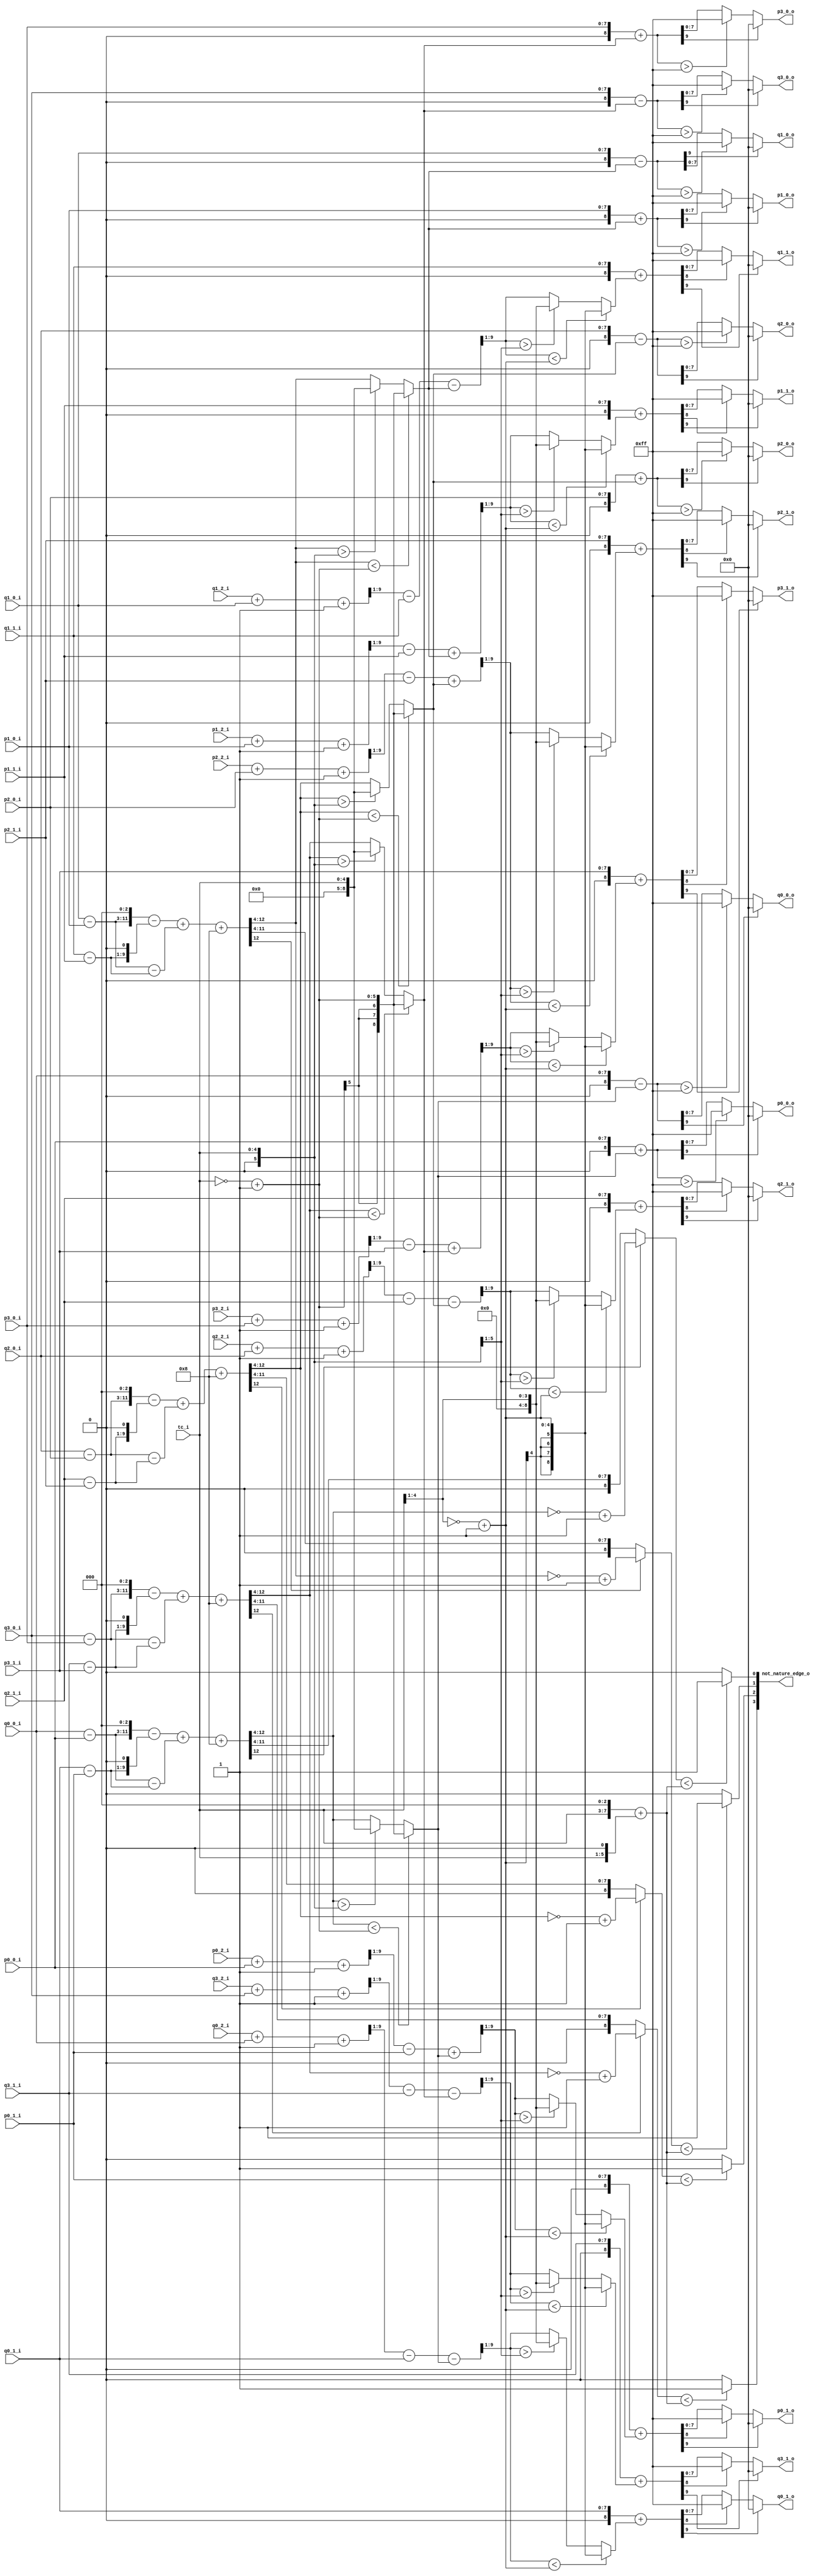
//----------------------------------------------------------------------------
//                                                                 
//  COPYRIGHT (C) 2011, VIPcore Group, Fudan University
//                                                                  
//  THIS FILE MAY NOT BE MODIFIED OR REDISTRIBUTED WITHOUT THE      
//  EXPRESSED WRITTEN CONSENT OF VIPcore Group
//                                                                  
//  VIPcore       : http://soc.fudan.edu.cn/vip    
//  IP Owner      : Yibo FAN
//  Contact       : fanyibo@fudan.edu.cn             
//----------------------------------------------------------------------------
// Author         : 
// Created        : 
// Description    : 
//                                
//----------------------------------------------------------------------------

module db_normal_filter(
                tc_i,
                p0_0_i  ,  p0_1_i  ,  p0_2_i ,
                p1_0_i  ,  p1_1_i  ,  p1_2_i ,
                p2_0_i  ,  p2_1_i  ,  p2_2_i ,
                p3_0_i  ,  p3_1_i  ,  p3_2_i ,
                                             
                q0_0_i  ,  q0_1_i  ,  q0_2_i ,
                q1_0_i  ,  q1_1_i  ,  q1_2_i ,
                q2_0_i  ,  q2_1_i  ,  q2_2_i ,
                q3_0_i  ,  q3_1_i  ,  q3_2_i ,
                
                p0_0_o  ,
                p1_0_o  ,
                p2_0_o  ,
                p3_0_o  ,

                q0_0_o  ,
                q1_0_o  ,
                q2_0_o  ,
                q3_0_o  , 

                p0_1_o  ,
                p1_1_o  ,
                p2_1_o  ,
                p3_1_o  ,
                       
                q0_1_o  ,
                q1_1_o  ,
                q2_1_o  ,
                q3_1_o  , 
                 
                not_nature_edge_o   

    );
input [4:0] tc_i;

input        [7:0] p0_0_i  ,  p0_1_i  ,  p0_2_i  ,
                   p1_0_i  ,  p1_1_i  ,  p1_2_i  ,
                   p2_0_i  ,  p2_1_i  ,  p2_2_i  ,
                   p3_0_i  ,  p3_1_i  ,  p3_2_i  ;
                                                    
input        [7:0] q0_0_i  ,  q0_1_i  ,  q0_2_i  ,
                   q1_0_i  ,  q1_1_i  ,  q1_2_i  ,
                   q2_0_i  ,  q2_1_i  ,  q2_2_i  ,
                   q3_0_i  ,  q3_1_i  ,  q3_2_i  ;

output[7:0] p0_0_o  ,  p1_0_o  ,  p2_0_o   , p3_0_o ;                   
output[7:0] q0_0_o  ,  q1_0_o  ,  q2_0_o   , q3_0_o ;

output[7:0] p0_1_o  ,  p1_1_o  ,  p2_1_o   , p3_1_o  ;
output[7:0] q0_1_o  ,  q1_1_o  ,  q2_1_o   , q3_1_o  ;

output [3:0] not_nature_edge_o  ;

wire signed [8:0]  p0_0_s_w  =  {1'b0 , p0_0_i } ;
wire signed [8:0]  p0_1_s_w  =  {1'b0 , p0_1_i } ;
wire signed [8:0]  p0_2_s_w  =  {1'b0 , p0_2_i } ;
wire signed [8:0]  p1_0_s_w  =  {1'b0 , p1_0_i } ;
wire signed [8:0]  p1_1_s_w  =  {1'b0 , p1_1_i } ;
wire signed [8:0]  p1_2_s_w  =  {1'b0 , p1_2_i } ;
wire signed [8:0]  p2_0_s_w  =  {1'b0 , p2_0_i } ;
wire signed [8:0]  p2_1_s_w  =  {1'b0 , p2_1_i } ;
wire signed [8:0]  p2_2_s_w  =  {1'b0 , p2_2_i } ;
wire signed [8:0]  p3_0_s_w  =  {1'b0 , p3_0_i } ;
wire signed [8:0]  p3_1_s_w  =  {1'b0 , p3_1_i } ;
wire signed [8:0]  p3_2_s_w  =  {1'b0 , p3_2_i } ;
                                                
wire signed [8:0]  q0_0_s_w  =  {1'b0 , q0_0_i } ;
wire signed [8:0]  q0_1_s_w  =  {1'b0 , q0_1_i } ;
wire signed [8:0]  q0_2_s_w  =  {1'b0 , q0_2_i } ;
wire signed [8:0]  q1_0_s_w  =  {1'b0 , q1_0_i } ;
wire signed [8:0]  q1_1_s_w  =  {1'b0 , q1_1_i } ;
wire signed [8:0]  q1_2_s_w  =  {1'b0 , q1_2_i } ;
wire signed [8:0]  q2_0_s_w  =  {1'b0 , q2_0_i } ;
wire signed [8:0]  q2_1_s_w  =  {1'b0 , q2_1_i } ;
wire signed [8:0]  q2_2_s_w  =  {1'b0 , q2_2_i } ;
wire signed [8:0]  q3_0_s_w  =  {1'b0 , q3_0_i } ;
wire signed [8:0]  q3_1_s_w  =  {1'b0 , q3_1_i } ;
wire signed [8:0]  q3_2_s_w  =  {1'b0 , q3_2_i } ;


wire signed [8:0]  delta0_o  ;
wire signed [8:0]  delta1_o  ;
wire signed [8:0]  delta2_o  ;
wire signed [8:0]  delta3_o  ;
//---------------------------------------------------------------------------
//
//              COMBINATION  CIRCUIT:cacl amplitude
//
//----------------------------------------------------------------------------

wire [8:0] tc_mux_10 = (tc_i<<3) + (tc_i<<1) ;

wire signed  [5:0] tc_x = ~tc_i + 1'b1 ;
wire signed  [5:0] tc_y = {1'b0,tc_i};

//1 pixel filtered  
wire  signed [8:0]  qm_p00      =  q0_0_s_w - p0_0_s_w   ; 
wire  signed [8:0]  qm_p10      =  q1_0_s_w - p1_0_s_w   ; 
wire  signed [8:0]  qm_p20      =  q2_0_s_w - p2_0_s_w   ; 
wire  signed [8:0]  qm_p30      =  q3_0_s_w - p3_0_s_w   ; 

wire  signed [8:0]  qm_p01      =  q0_1_s_w - p0_1_s_w   ;
wire  signed [8:0]  qm_p11      =  q1_1_s_w - p1_1_s_w   ;
wire  signed [8:0]  qm_p21      =  q2_1_s_w - p2_1_s_w   ;
wire  signed [8:0]  qm_p31      =  q3_1_s_w - p3_1_s_w   ;

wire  signed [11:0] qm_p0_m_8_w = {qm_p00,3'b0}      ;
wire  signed [11:0] qm_p1_m_8_w = {qm_p10,3'b0}      ;
wire  signed [11:0] qm_p2_m_8_w = {qm_p20,3'b0}      ;
wire  signed [11:0] qm_p3_m_8_w = {qm_p30,3'b0}      ;

wire  signed [11:0] qm_p0_m_1_w = {{2{qm_p01[8]}},qm_p01,1'b0} ;
wire  signed [11:0] qm_p1_m_1_w = {{2{qm_p11[8]}},qm_p11,1'b0} ;
wire  signed [11:0] qm_p2_m_1_w = {{2{qm_p21[8]}},qm_p21,1'b0} ;
wire  signed [11:0] qm_p3_m_1_w = {{2{qm_p31[8]}},qm_p31,1'b0} ;

wire signed  [11:0] qm_p0_w     = qm_p0_m_8_w - qm_p0_m_1_w; 
wire signed  [11:0] qm_p1_w     = qm_p1_m_8_w - qm_p1_m_1_w;
wire signed  [11:0] qm_p2_w     = qm_p2_m_8_w - qm_p2_m_1_w;
wire signed  [11:0] qm_p3_w     = qm_p3_m_8_w - qm_p3_m_1_w;
  
wire signed  [8:0]  qm_q0_w     = qm_p00  -   qm_p01   ;
wire signed  [8:0]  qm_q1_w     = qm_p10  -   qm_p11   ;
wire signed  [8:0]  qm_q2_w     = qm_p20  -   qm_p21   ;
wire signed  [8:0]  qm_q3_w     = qm_p30  -   qm_p31   ;
   
wire signed  [11:0] qm_q0_e3_w  = {{3{qm_q0_w[8]}},qm_q0_w};
wire signed  [11:0] qm_q1_e3_w  = {{3{qm_q1_w[8]}},qm_q1_w};
wire signed  [11:0] qm_q2_e3_w  = {{3{qm_q2_w[8]}},qm_q2_w};
wire signed  [11:0] qm_q3_e3_w  = {{3{qm_q3_w[8]}},qm_q3_w};

wire signed  [12:0] delta0_w     = qm_p0_w + qm_q0_e3_w+8;
wire signed  [12:0] delta1_w     = qm_p1_w + qm_q1_e3_w+8;
wire signed  [12:0] delta2_w     = qm_p2_w + qm_q2_e3_w+8;
wire signed  [12:0] delta3_w     = qm_p3_w + qm_q3_e3_w+8;

wire  signed [8:0] delta0       =  delta0_w[12:4];
wire  signed [8:0] delta1       =  delta1_w[12:4];
wire  signed [8:0] delta2       =  delta2_w[12:4];
wire  signed [8:0] delta3       =  delta3_w[12:4];

//wire  signed [8:0] delta0   =  delta0_m[12:4] ;
//wire  signed [8:0] delta1   =  delta1_m[12:4] ;
//wire  signed [8:0] delta2   =  delta2_m[12:4] ;
//wire  signed [8:0] delta3   =  delta3_m[12:4] ;

wire [8:0]  delta0_abs  =  delta0[8]  ?  ( ~delta0 + 1'b1 ) : delta0 ;
wire [8:0]  delta1_abs  =  delta1[8]  ?  ( ~delta1 + 1'b1 ) : delta1 ;
wire [8:0]  delta2_abs  =  delta2[8]  ?  ( ~delta2 + 1'b1 ) : delta2 ;
wire [8:0]  delta3_abs  =  delta3[8]  ?  ( ~delta3 + 1'b1 ) : delta3 ;

assign not_nature_edge_o[0] = ( delta0_abs < tc_mux_10) ? 1'b1 : 1'b0 ;
assign not_nature_edge_o[1] = ( delta1_abs < tc_mux_10) ? 1'b1 : 1'b0 ;
assign not_nature_edge_o[2] = ( delta2_abs < tc_mux_10) ? 1'b1 : 1'b0 ;
assign not_nature_edge_o[3] = ( delta3_abs < tc_mux_10) ? 1'b1 : 1'b0 ;
   
assign delta0_o  = (delta0 <  tc_x ) ? tc_x : (delta0 > tc_y ? tc_y : delta0) ;
assign delta1_o  = (delta1 <  tc_x ) ? tc_x : (delta1 > tc_y ? tc_y : delta1) ;
assign delta2_o  = (delta2 <  tc_x ) ? tc_x : (delta2 > tc_y ? tc_y : delta2) ;
assign delta3_o  = (delta3 <  tc_x ) ? tc_x : (delta3 > tc_y ? tc_y : delta3) ;


//-----------------------------------------------------------------------------
//normal filter:1
wire  signed [9:0] pplus_delta00_w  =   p0_0_s_w + delta0_o    ;
wire  signed [9:0] pplus_delta10_w  =   p1_0_s_w + delta1_o    ;
wire  signed [9:0] pplus_delta20_w  =   p2_0_s_w + delta2_o    ;
wire  signed [9:0] pplus_delta30_w  =   p3_0_s_w + delta3_o    ;

wire  signed [9:0] qplus_delta00_w  =   q0_0_s_w - delta0_o    ;
wire  signed [9:0] qplus_delta10_w  =   q1_0_s_w - delta1_o    ;
wire  signed [9:0] qplus_delta20_w  =   q2_0_s_w - delta2_o    ;
wire  signed [9:0] qplus_delta30_w  =   q3_0_s_w - delta3_o    ;
                   
assign  p0_0_o  =   pplus_delta00_w[9] ? 8'b0 : ( (pplus_delta00_w  >  10'd255 )? 8'd255 : pplus_delta00_w[7:0] );
assign  p1_0_o  =   pplus_delta10_w[9] ? 8'b0 : ( (pplus_delta10_w  >  10'd255 )? 8'd255 : pplus_delta10_w[7:0] );
assign  p2_0_o  =   pplus_delta20_w[9] ? 8'b0 : ( (pplus_delta20_w  >  10'd255 )? 8'd255 : pplus_delta20_w[7:0] );
assign  p3_0_o  =   pplus_delta30_w[9] ? 8'b0 : ( (pplus_delta30_w  >  10'd255 )? 8'd255 : pplus_delta30_w[7:0] );
           
assign  q0_0_o  =   qplus_delta00_w[9] ? 8'b0 : ( (qplus_delta00_w  >  10'd255 )? 8'd255 : qplus_delta00_w[7:0] );
assign  q1_0_o  =   qplus_delta10_w[9] ? 8'b0 : ( (qplus_delta10_w  >  10'd255 )? 8'd255 : qplus_delta10_w[7:0] );
assign  q2_0_o  =   qplus_delta20_w[9] ? 8'b0 : ( (qplus_delta20_w  >  10'd255 )? 8'd255 : qplus_delta20_w[7:0] );
assign  q3_0_o  =   qplus_delta30_w[9] ? 8'b0 : ( (qplus_delta30_w  >  10'd255 )? 8'd255 : qplus_delta30_w[7:0] );
//-----------------------------------------------------------------------------
//normal filter:2

wire signed [4:0] tc_div_x =~(tc_i[4:1]) + 1'b1;
wire signed [4:0] tc_div_y ={1'b0,tc_i[4:1]} ;

wire  signed [8:0] deltap2_0_w  =  ( ( (p0_2_s_w + p0_0_s_w + 1) >>1) - p0_1_s_w + delta0_o) >>1 ;
wire  signed [8:0] deltap2_1_w  =  ( ( (p1_2_s_w + p1_0_s_w + 1) >>1) - p1_1_s_w + delta1_o) >>1 ;
wire  signed [8:0] deltap2_2_w  =  ( ( (p2_2_s_w + p2_0_s_w + 1) >>1) - p2_1_s_w + delta2_o) >>1 ;
wire  signed [8:0] deltap2_3_w  =  ( ( (p3_2_s_w + p3_0_s_w + 1) >>1) - p3_1_s_w + delta3_o) >>1 ;

wire  signed [8:0] deltaq2_0_w  =  ( ( (q0_2_s_w + q0_0_s_w + 1) >>1) - q0_1_s_w - delta0_o) >>1 ;
wire  signed [8:0] deltaq2_1_w  =  ( ( (q1_2_s_w + q1_0_s_w + 1) >>1) - q1_1_s_w - delta1_o) >>1 ;
wire  signed [8:0] deltaq2_2_w  =  ( ( (q2_2_s_w + q2_0_s_w + 1) >>1) - q2_1_s_w - delta2_o) >>1 ;
wire  signed [8:0] deltaq2_3_w  =  ( ( (q3_2_s_w + q3_0_s_w + 1) >>1) - q3_1_s_w - delta3_o) >>1 ;

wire  signed [8:0] delta2_p0_w  = deltap2_0_w < tc_div_x ?  tc_div_x : (deltap2_0_w > tc_div_y  ? tc_div_y  : deltap2_0_w);
wire  signed [8:0] delta2_p1_w  = deltap2_1_w < tc_div_x ?  tc_div_x : (deltap2_1_w > tc_div_y  ? tc_div_y  : deltap2_1_w); 
wire  signed [8:0] delta2_p2_w  = deltap2_2_w < tc_div_x ?  tc_div_x : (deltap2_2_w > tc_div_y  ? tc_div_y  : deltap2_2_w); 
wire  signed [8:0] delta2_p3_w  = deltap2_3_w < tc_div_x ?  tc_div_x : (deltap2_3_w > tc_div_y  ? tc_div_y  : deltap2_3_w);  
                                  
wire  signed [8:0] delta2_q0_w  = deltaq2_0_w < tc_div_x ?  tc_div_x : (deltaq2_0_w > tc_div_y  ? tc_div_y  : deltaq2_0_w);
wire  signed [8:0] delta2_q1_w  = deltaq2_1_w < tc_div_x ?  tc_div_x : (deltaq2_1_w > tc_div_y  ? tc_div_y  : deltaq2_1_w); 
wire  signed [8:0] delta2_q2_w  = deltaq2_2_w < tc_div_x ?  tc_div_x : (deltaq2_2_w > tc_div_y  ? tc_div_y  : deltaq2_2_w); 
wire  signed [8:0] delta2_q3_w  = deltaq2_3_w < tc_div_x ?  tc_div_x : (deltaq2_3_w > tc_div_y  ? tc_div_y  : deltaq2_3_w);  

wire  signed [9:0] pplus_delta01_w  =   p0_1_s_w + delta2_p0_w  ;
wire  signed [9:0] pplus_delta11_w  =   p1_1_s_w + delta2_p1_w  ;
wire  signed [9:0] pplus_delta21_w  =   p2_1_s_w + delta2_p2_w  ;
wire  signed [9:0] pplus_delta31_w  =   p3_1_s_w + delta2_p3_w  ;
                                             
wire  signed [9:0] qplus_delta01_w  =   q0_1_s_w + delta2_q0_w  ;
wire  signed [9:0] qplus_delta11_w  =   q1_1_s_w + delta2_q1_w  ;
wire  signed [9:0] qplus_delta21_w  =   q2_1_s_w + delta2_q2_w  ;
wire  signed [9:0] qplus_delta31_w  =   q3_1_s_w + delta2_q3_w  ;

assign p0_1_o   =   pplus_delta01_w[9] ? 8'd0 : ( pplus_delta01_w[8]? 8'd255 : pplus_delta01_w[7:0]);
assign p1_1_o   =   pplus_delta11_w[9] ? 8'd0 : ( pplus_delta11_w[8]? 8'd255 : pplus_delta11_w[7:0]);
assign p2_1_o   =   pplus_delta21_w[9] ? 8'd0 : ( pplus_delta21_w[8]? 8'd255 : pplus_delta21_w[7:0]);
assign p3_1_o   =   pplus_delta31_w[9] ? 8'd0 : ( pplus_delta31_w[8]? 8'd255 : pplus_delta31_w[7:0]);
  
assign q0_1_o   =   qplus_delta01_w[9] ? 8'd0 : ( qplus_delta01_w[8]? 8'd255 : qplus_delta01_w[7:0]);
assign q1_1_o   =   qplus_delta11_w[9] ? 8'd0 : ( qplus_delta11_w[8]? 8'd255 : qplus_delta11_w[7:0]);
assign q2_1_o   =   qplus_delta21_w[9] ? 8'd0 : ( qplus_delta21_w[8]? 8'd255 : qplus_delta21_w[7:0]);
assign q3_1_o   =   qplus_delta31_w[9] ? 8'd0 : ( qplus_delta31_w[8]? 8'd255 : qplus_delta31_w[7:0]);




endmodule